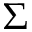
\Sigma